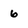
Character: 6